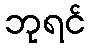
ဘုရင်